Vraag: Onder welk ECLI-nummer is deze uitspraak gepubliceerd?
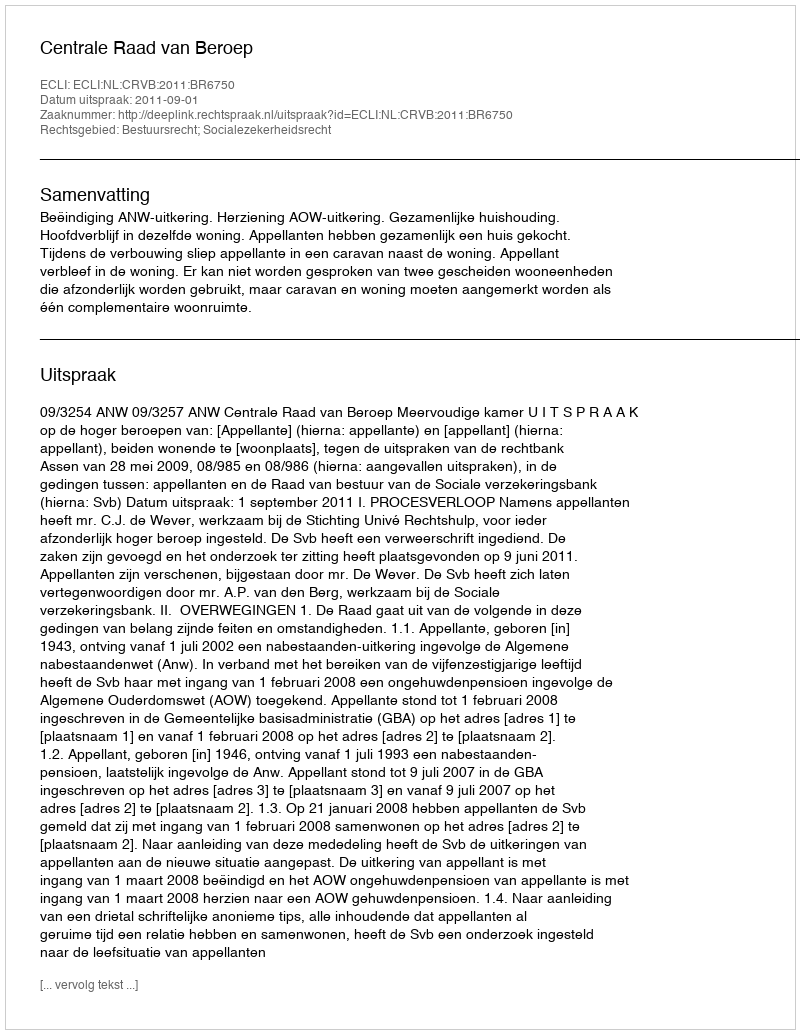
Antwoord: ECLI:NL:CRVB:2011:BR6750